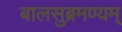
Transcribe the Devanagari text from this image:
बालसुब्रमण्यम्